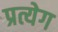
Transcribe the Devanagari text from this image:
प्रत्येग